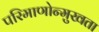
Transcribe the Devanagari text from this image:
परिमाणोन्मुखता